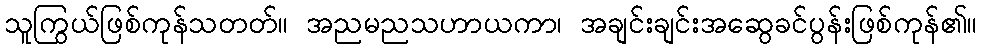
သူကြွယ်ဖြစ်ကုန်သတတ်။ အညမညသဟာယကာ၊ အချင်းချင်းအဆွေခင်ပွန်းဖြစ်ကုန်၏။